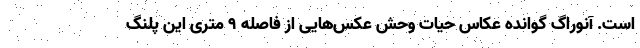
است. آنوراگ گوانده عکاس حیات وحش عکس‌هایی از فاصله ۹ متری این پلنگ